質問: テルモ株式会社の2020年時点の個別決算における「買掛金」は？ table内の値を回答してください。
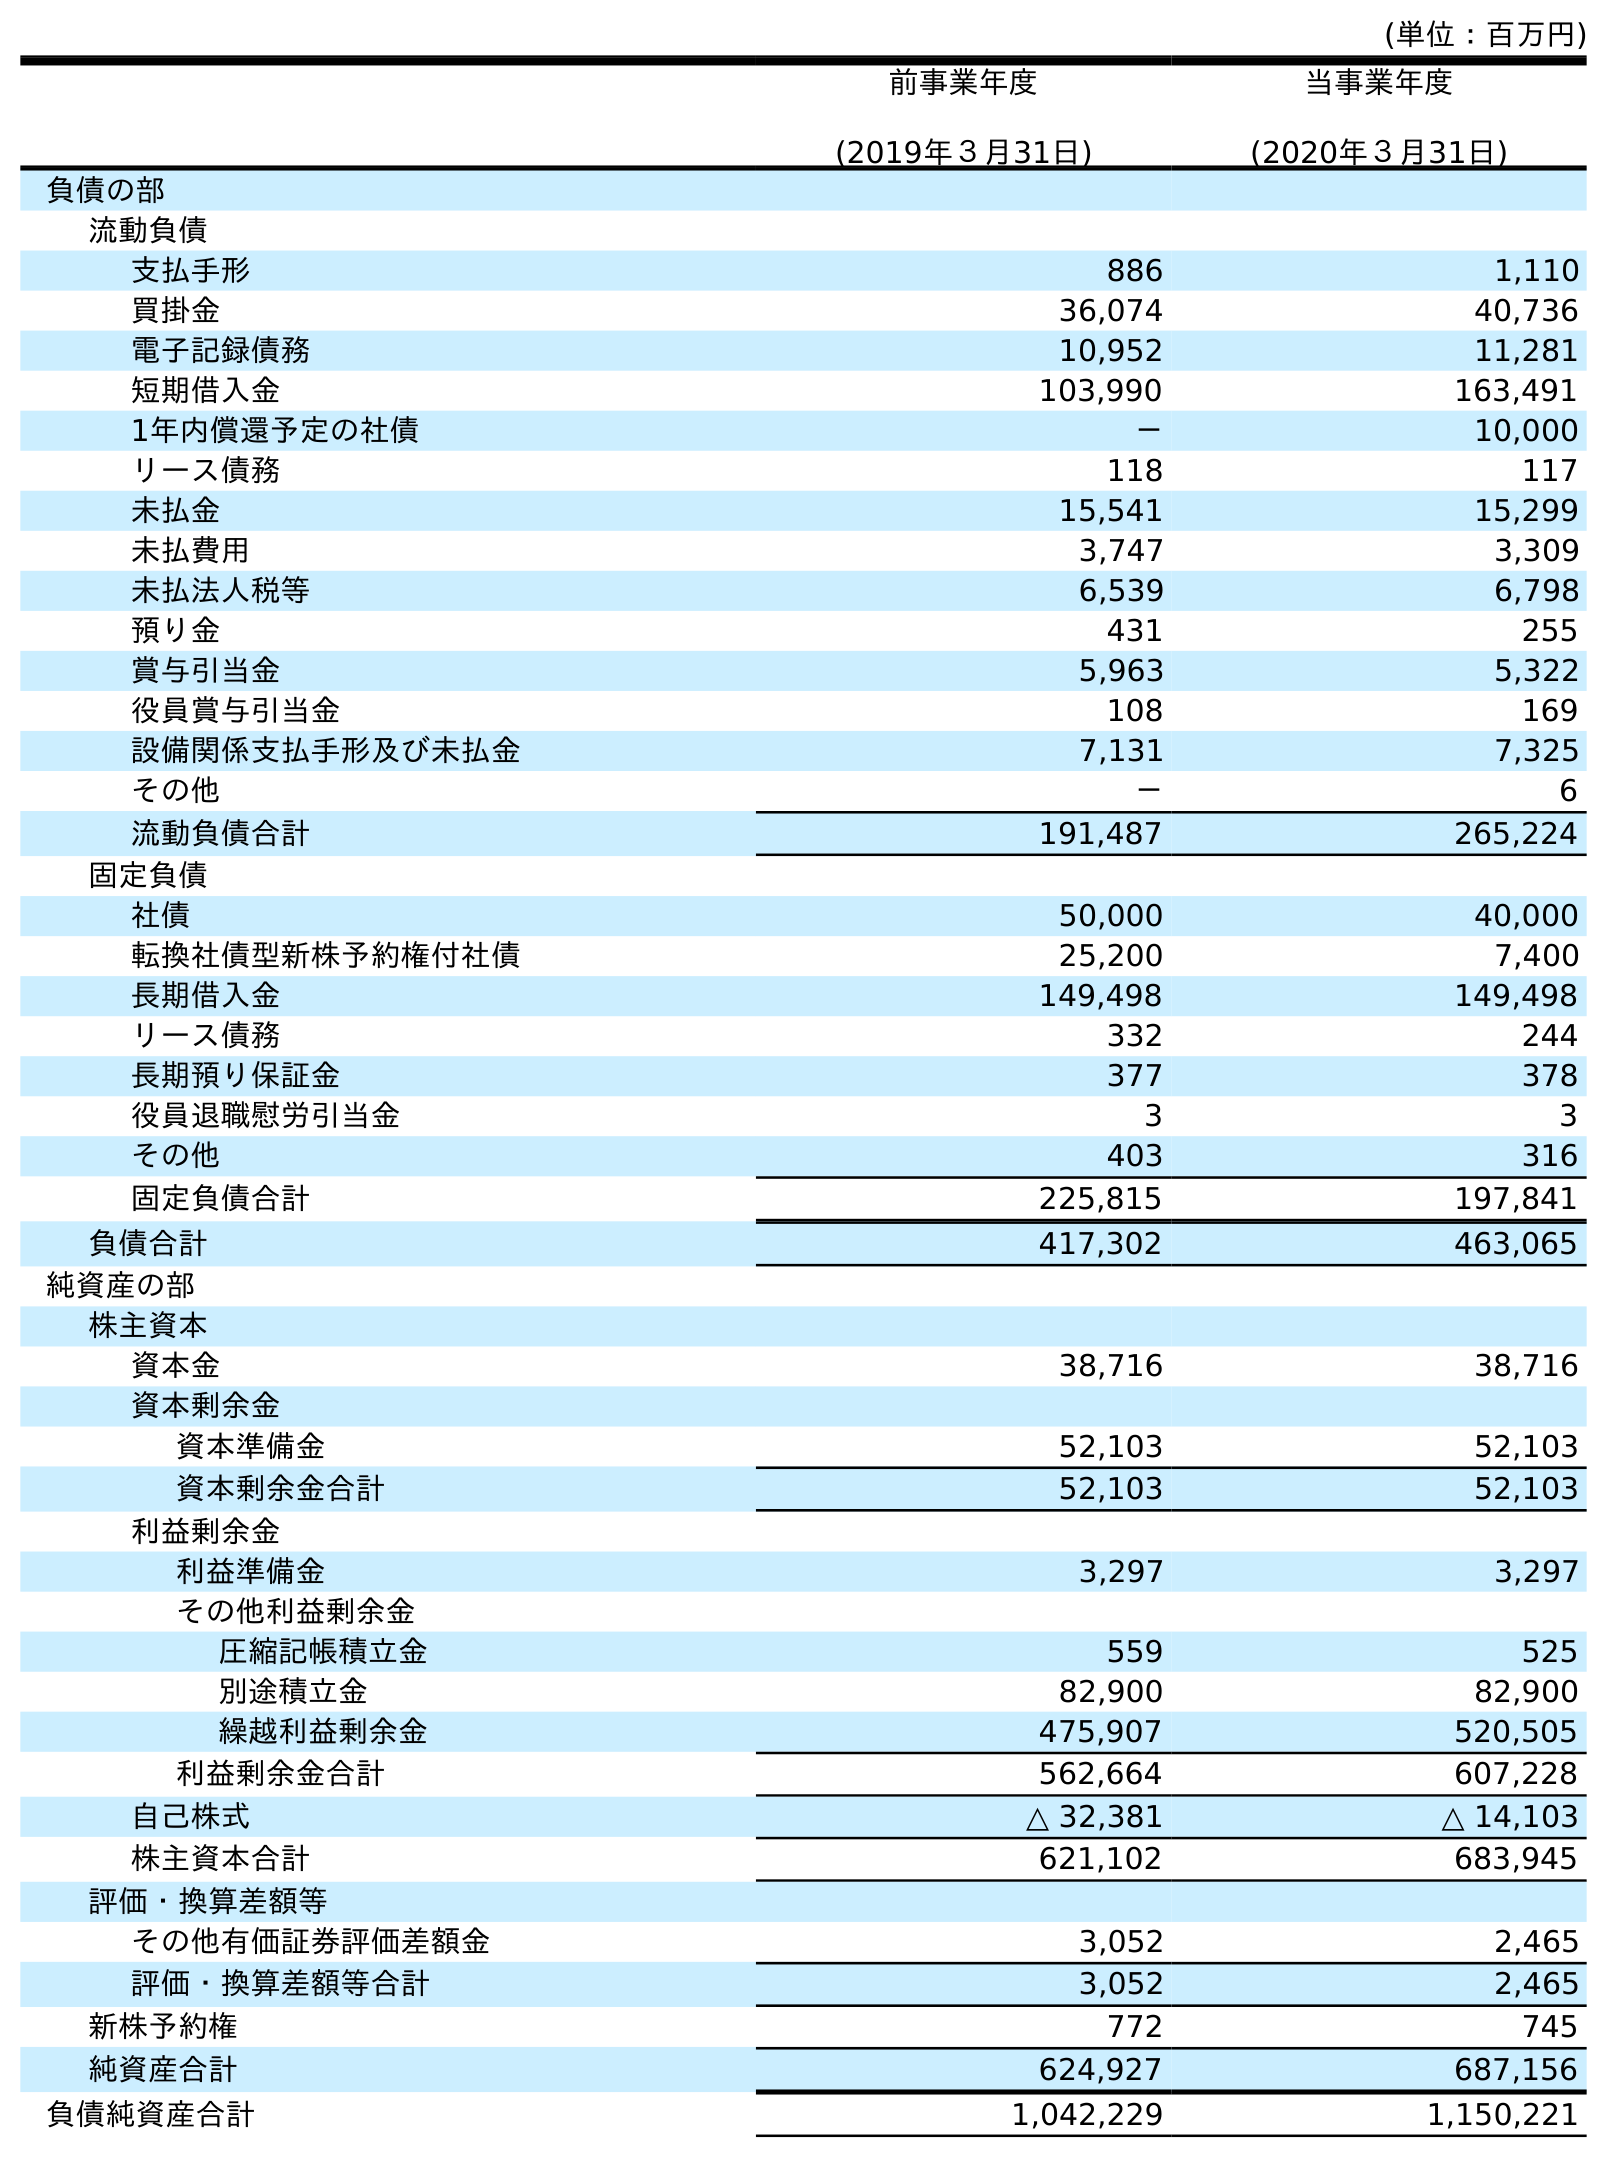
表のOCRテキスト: (単位：百万円) 前事業年度 (2019年３月31日) 当事業年度 (2020年３月31日) 負債の部 流動負債 支払手形 886 1,110 買掛金 36,074 40,736 電子記録債務 10,952 11,281 短期借入金 103,990 163,491 1年内償還予定の社債 － 10,000 リース債務 118 117 未払金 15,541 15,299 未払費用 3,747 3,309 未払法人税等 6,539 6,798 預り金 431 255 賞与引当金 5,963 5,322 役員賞与引当金 108 169 設備関係支払手形及び未払金 7,131 7,325 その他 － 6 流動負債合計 191,487 265,224 固定負債 社債 50,000 40,000 転換社債型新株予約権付社債 25,200 7,400 長期借入金 149,498 149,498 リース債務 332 244 長期預り保証金 377 378 役員退職慰労引当金 3 3 その他 403 316 固定負債合計 225,815 197,841 負債合計 417,302 463,065 純資産の部 株主資本 資本金 38,716 38,716 資本剰余金 資本準備金 52,103 52,103 資本剰余金合計 52,103 52,103 利益剰余金 利益準備金 3,297 3,297 その他利益剰余金 圧縮記帳積立金 559 525 別途積立金 82,900 82,900 繰越利益剰余金 475,907 520,505 利益剰余金合計 562,664 607,228 自己株式 △ 32,381 △ 14,103 株主資本合計 621,102 683,945 評価・換算差額等 その他有価証券評価差額金 3,052 2,465 評価・換算差額等合計 3,052 2,465 新株予約権 772 745 純資産合計 624,927 687,156 負債純資産合計 1,042,229 1,150,221
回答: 40,736